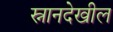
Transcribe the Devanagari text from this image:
स्नानदेखील